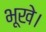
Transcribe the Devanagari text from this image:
भूखे।